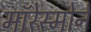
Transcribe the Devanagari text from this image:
मॉरेस्मोने